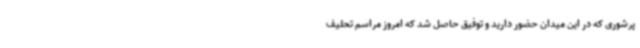
پرشوری که در این میدان حضور دارید و توفیق حاصل شد که امروز مراسم تحلیف